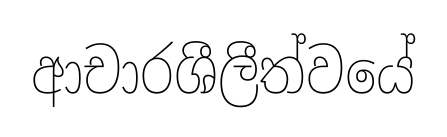
ආචාරශීලීත්වයේ